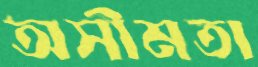
অসীমতা